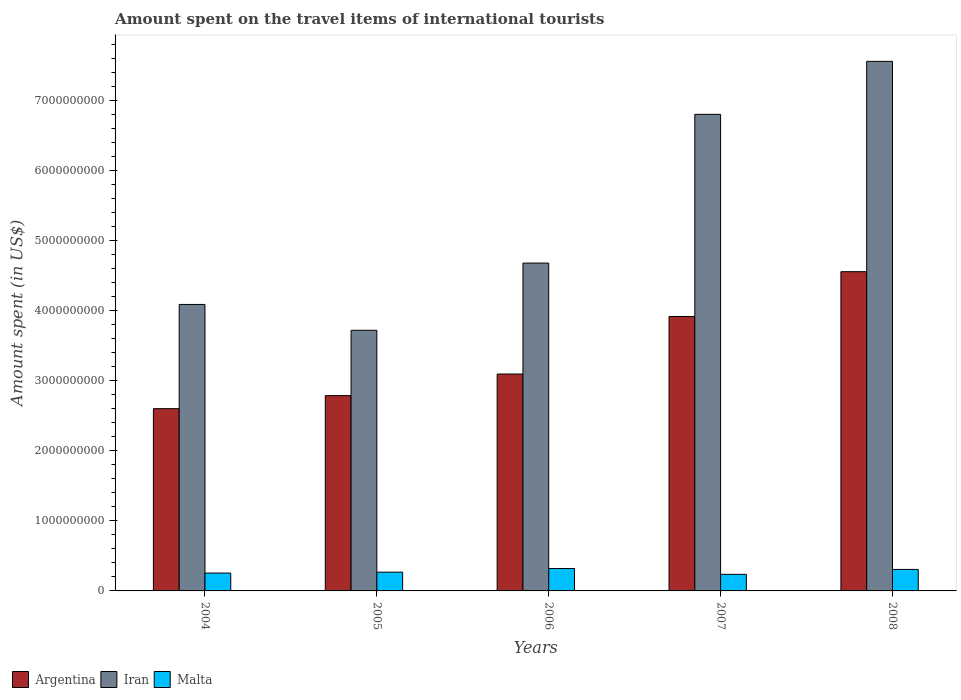
| Years | Argentina | Iran | Malta |
 | --- | --- | --- | --- |
 | 2004 | 2.6e+09 | 4.09e+09 | 2.55e+08 |
 | 2005 | 2.79e+09 | 3.72e+09 | 2.68e+08 |
 | 2006 | 3.1e+09 | 4.68e+09 | 3.2e+08 |
 | 2007 | 3.92e+09 | 6.81e+09 | 2.37e+08 |
 | 2008 | 4.56e+09 | 7.57e+09 | 3.07e+08 |